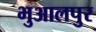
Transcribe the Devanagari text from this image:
भुआलपुर